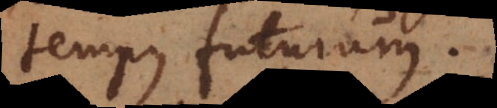
tempus futurum.